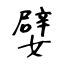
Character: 嬖